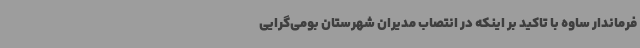
فرماندار ساوه با تاکید بر اینکه در انتصاب مدیران شهرستان بومی‌گرایی